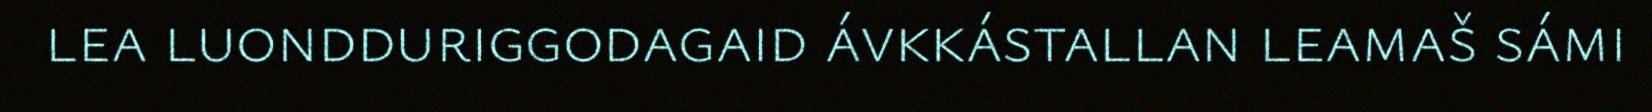
lea luondduriggodagaid ávkkástallan leamaš sámi